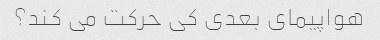
هواپیمای بعدی کی حرکت می کند؟